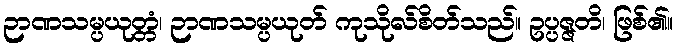
ဉာဏသမ္ပယုတ္တံ၊ ဉာဏသမ္ပယုတ် ကုသိုလ်စိတ်သည်။ ဥပ္ပဇ္ဇတိ၊ ဖြစ်၏။